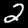
Digit: 2